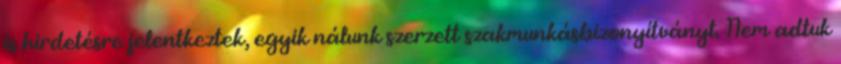
is hirdetésre jelentkeztek, egyik nálunk szerzett szakmunkásbizonyítványt. Nem adtuk